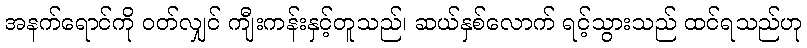
အနက်ရောင်ကို ဝတ်လျှင် ကျီးကန်းနှင့်တူသည်၊ ဆယ်နှစ်လောက် ရင့်သွားသည် ထင်ရသည်ဟု